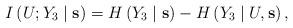
LaTeX: \begin{align*}I\left( U;Y_3\mid \mathbf{s}\right) =H\left( Y_3\mid \mathbf{s}\right) -H\left( Y_3\mid U,\mathbf{s}\right),\end{align*}